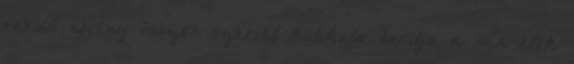
rendű növény összes szervét kutikula borítja a ma élők